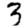
Digit: 3